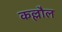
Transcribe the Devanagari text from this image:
कल्लौल